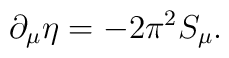
\partial_\mu\eta=-2\pi^2S_\mu.